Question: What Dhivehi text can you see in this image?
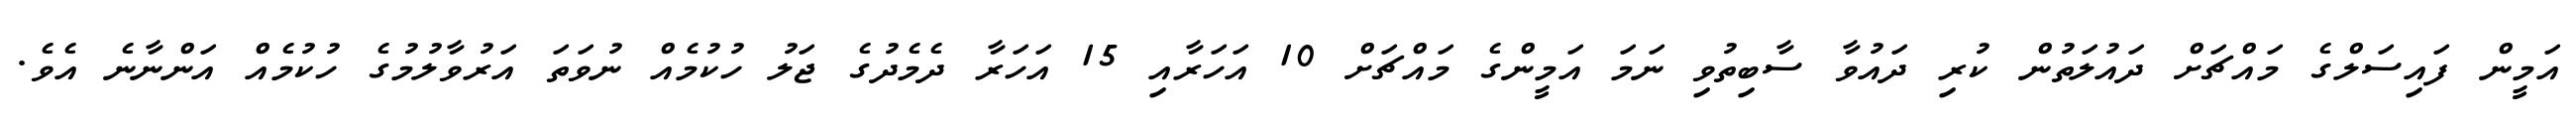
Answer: އަމީން ފައިސަލްގެ މައްޗަށް ދައުލަތުން ކުރި ދައުވާ ސާބިތުވި ނަމަ އަމީންގެ މައްޗަށް 10 އަހަރާއި 15 އަހަރާ ދެމެދުގެ ޖަލު ހުކުމެއް ނުވަތަ އަރުވާލުމުގެ ހުކުމެއް އަންނާނެ އެވެ.